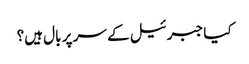
کیا جبرئیل کے سر پر بال ہیں؟